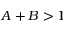
A + B > 1